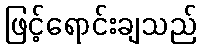
ဖြင့်ရောင်းချသည်